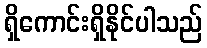
ရှိကောင်းရှိနိုင်ပါသည်